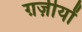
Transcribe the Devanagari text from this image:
ग़ज़ीयों